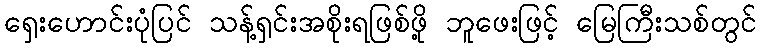
ရှေးဟောင်းပုံပြင် သန့်ရှင်းအစိုးရဖြစ်ဖို့ ဘူဖေးဖြင့် မြေကြီးသစ်တွင်